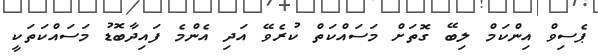
ޕެސިވް އިންކަމް ލިބޭ ގޮތަށް މަސައްކަތް ކުރެވޭ އަދި އެންމެ ފައިދާބޮޑު މަސައްކަތަކީ